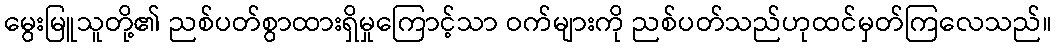
မွေးမြူသူတို့၏ ညစ်ပတ်စွာထားရှိမှုကြောင့်သာ ဝက်များကို ညစ်ပတ်သည်ဟုထင်မှတ်ကြလေသည်။